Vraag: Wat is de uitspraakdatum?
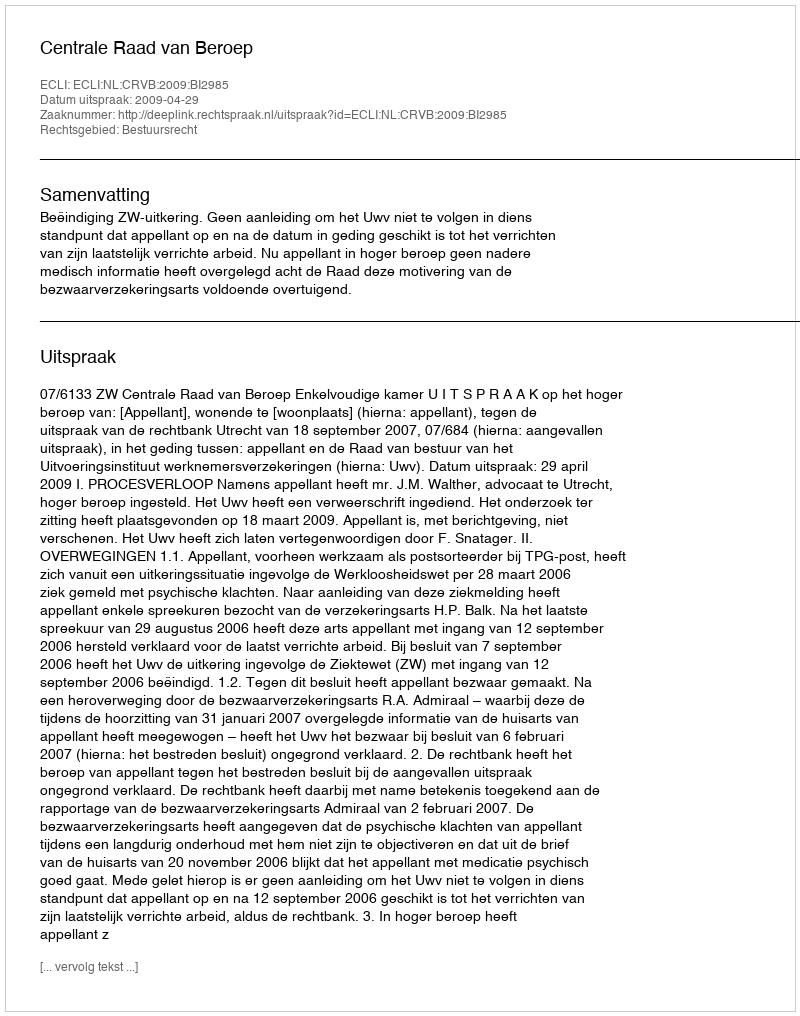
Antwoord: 2009-04-29